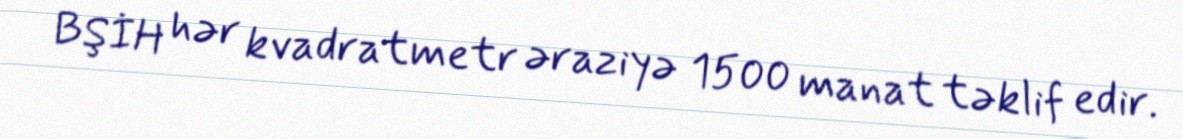
BŞİH hər kvadratmetr əraziyə 1500 manat təklif edir.